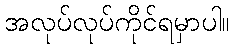
အလုပ်လုပ်ကိုင်ရမှာပါ။